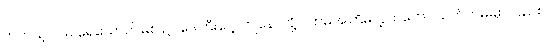
တကယ့်ပင်မ ရေသောက်မြစ် ဥပဒေကြီးပေါ့ ကျနော်တို့ ပထမအကြိမ်လွှတ်တော် သက်တမ်းမှာလည်း